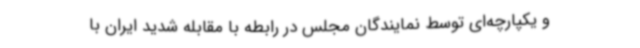
و یکپارچه‌ای توسط نمایندگان مجلس در رابطه با مقابله شدید ایران با